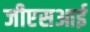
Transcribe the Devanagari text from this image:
जीएसआई